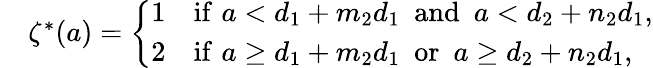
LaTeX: \begin{array}{rl}&{\zeta^{*}(a)=\left\{ \begin{array}{ll}{1}&{\mathrm{if}\, \, a<d_{1}+m_{2}d_{1}\ \ \mathrm{and}\ \ a<d_{2}+n_{2}d_{1},}\\ {2}&{\mathrm{if}\, \, a\geq d_{1}+m_{2}d_{1}\ \ \mathrm{or}\ \ a\geq d_{2}+n_{2}d_{1},}\end{array}\right.}\end{array}